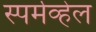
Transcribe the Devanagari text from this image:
स्पर्मव्हेल